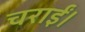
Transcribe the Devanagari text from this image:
चराईं।